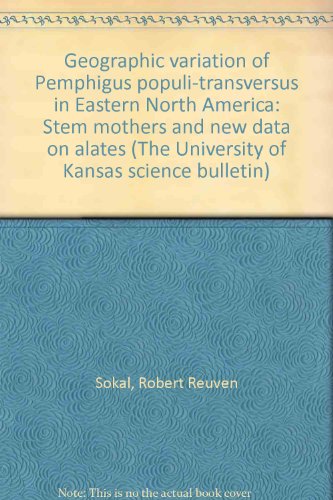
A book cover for Geographic variation of Pemphigus populi-transversus in Eastern North America: Stem mothers and new data on alates (The University of Kansas science bulletin); Robert Reuven Sokal; Health, Fitness & Dieting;